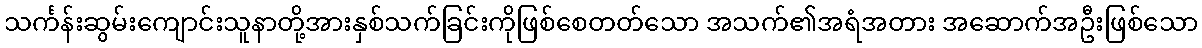
သင်္ကန်းဆွမ်းကျောင်းသူနာတို့အားနှစ်သက်ခြင်းကိုဖြစ်စေတတ်သော အသက်၏အရံအတား အဆောက်အဦးဖြစ်သော